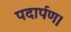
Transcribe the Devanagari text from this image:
पदार्पण।